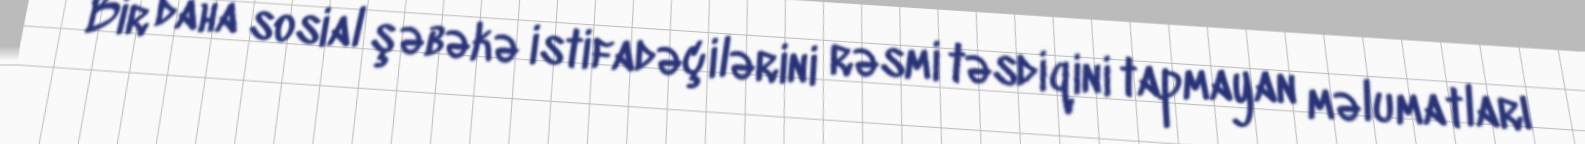
Bir daha sosial şəbəkə istifadəçilərini rəsmi təsdiqini tapmayan məlumatları